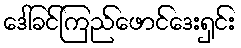
ဒေါ်ခင်ကြည်ဖောင်ဒေးရှင်း